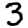
Digit: 3